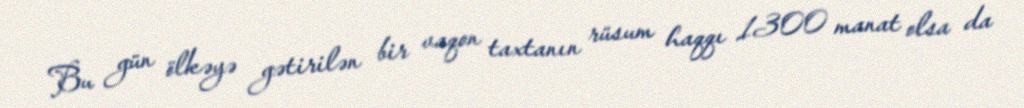
Bu gün ölkəyə gətirilən bir vaqon taxtanın rüsum haqqı 1300 manat olsa da